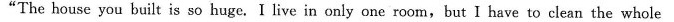
"The house you built is so huge. I live in only one room, but I have to clean the whole